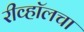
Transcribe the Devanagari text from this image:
रीव्हॉलचा